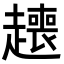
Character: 𬦟